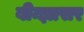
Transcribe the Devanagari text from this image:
बीन्झासर